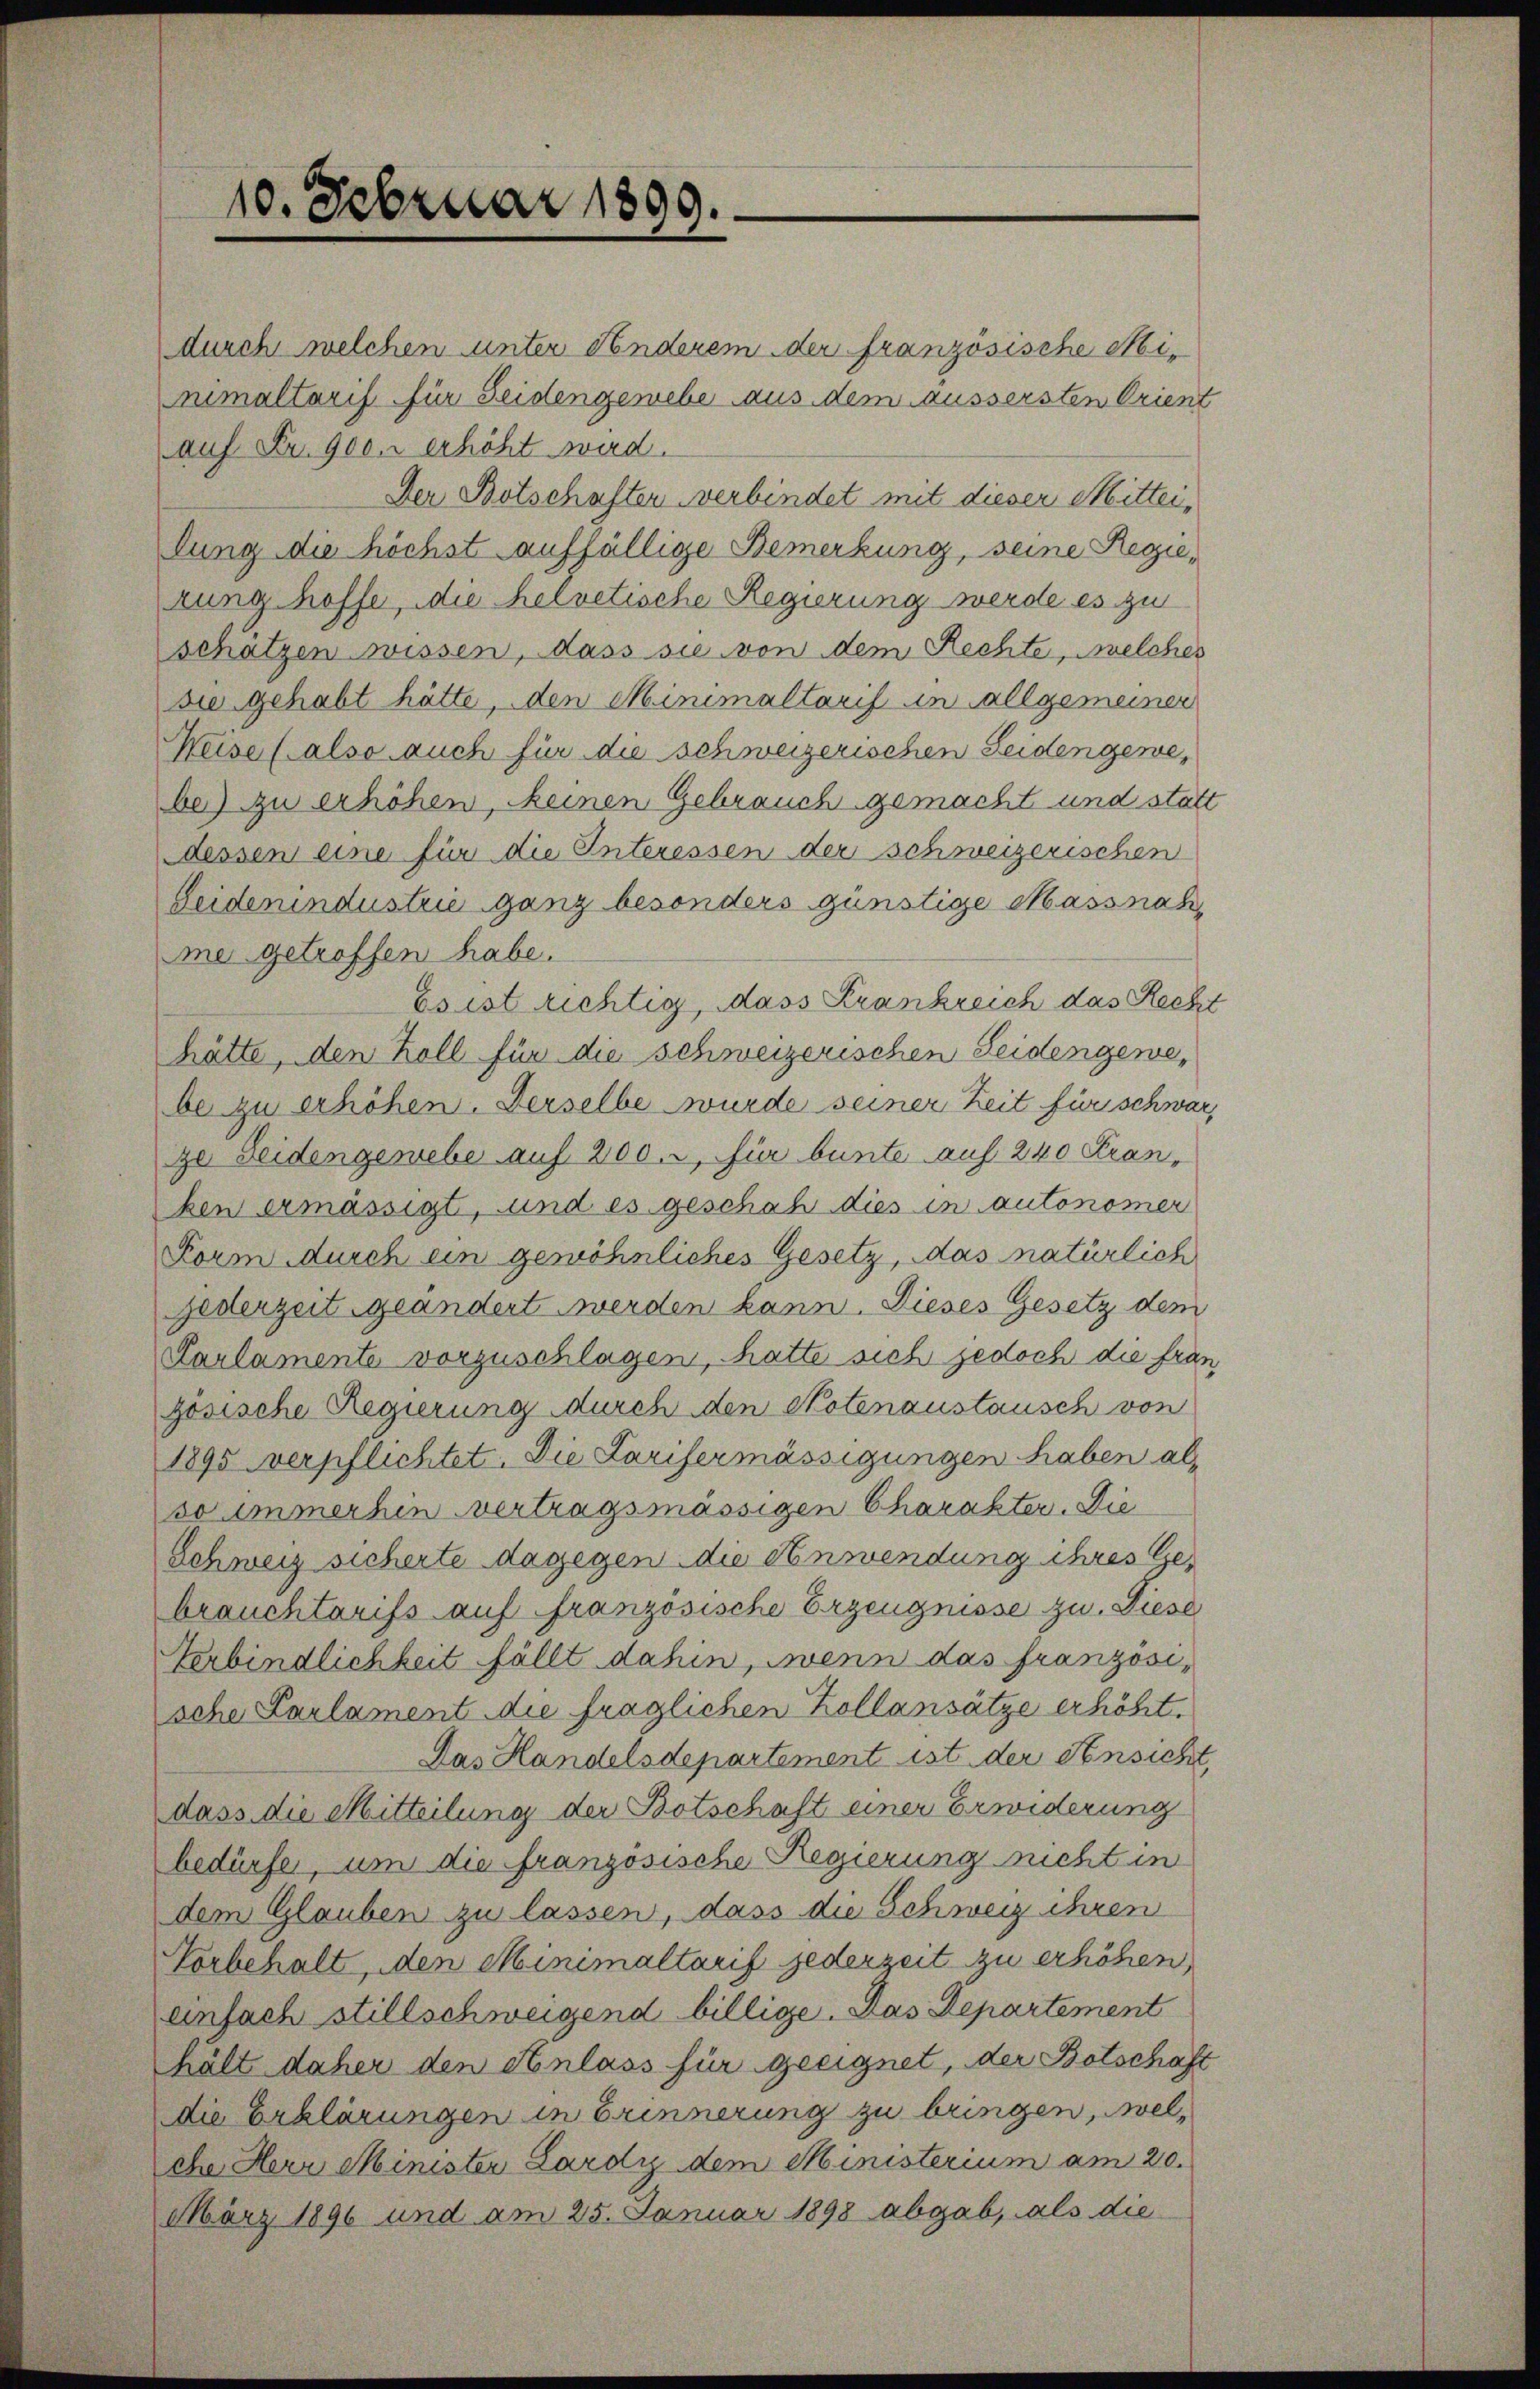
10. Februar 1899.

durch welchen unter Finderem der französische Mi¬
Mumaltarif für Seidengewebe aus dem äussersten Orient
auf Fr. 900. erhöht wird.
Der Botschaften verbindet mit dieser Mitter,
lung die höchst auffällige Bemerkung, seine Regiezung hoffe, die helvetische Regierung werde es zu
schätzen wissen, dass sie von dem Rechte, welches
die gehabt hätte, den Minimaltarif in allgemeiner
Weise (also auch für die schweizerischen Seidengewebe) zu erhöhen, seinen Gebrauch gemacht und statt
dessen eine für die Interessen der schweizerischen
Geidenindustrie ganz besonders günstige Massnahme getroffen habe.
Es ist richtig, dass Krankreich das Recht
hätte, den Koll für die schweizerischen Seidengewebe zu erhöhen. Derselbe wurde seiner Zeit für schwar,
ge Seidengewebe auf 200. r, für bunte auf 240 Franken ermässigt, und es geschah dies in autonomer
Form durch ein gewöhnliches Gesetz, das natürlich
Gederzeit geändert werden kann. Dieses Gesetz dem
Karlamente vorzuschlagen, hatte sich jedoch die fran
zösische Regierung durch den Notenaustausch von
1895 verpflichtet. Die Larifermässigungen haben al
so anmerhin vertragsmässigen Charakter. Die
Schweiz sicherte dagegen die Anwendung ihres Gebrauchtarifs auf französische Erzeugnisse zu. Diese
Verbindlichkeit fällt dahin, wenn das französische Larlament die fraglichen Zollansätze erhöht.
Das Handelsdepartement ist der Ansicht,
dass die Mitteilung der Botschaft einer Erwiderung
bedürfe, um die französische Regierung sucht in
dem Glauben zu lassen, dass die Schweiz ihren
Vorbehalt, den Minimaltarif jederzeit zu erhöhen,
einfach stillschweigend billige. Das Departement
hält daher den Anlass für geeignet, der Botschaft
die Erklärungen in Erinnerung zu bringen, welche Herr Minister Lardy dem Ministerium am 20.
März 1896 und am 25. Januar 1898 abgab, als die